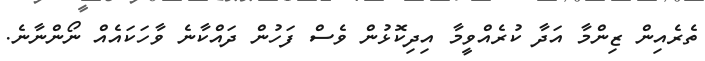
ތެރެއިން ޒިންމާ އަދާ ކުރެއްވީމާ އިދިކޮޅުން ވެސް ފަހުން ދައްކާނެ ވާހަކައެއް ނޯންނާނެ.